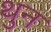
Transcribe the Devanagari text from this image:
थुन